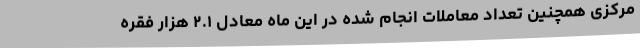
مرکزی همچنین تعداد معاملات انجام شده در این ماه معادل ۲.۱ هزار فقره